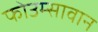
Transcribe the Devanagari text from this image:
फोउम्सावान